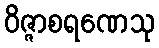
ဝိဇ္ဇာစရဏေသု